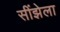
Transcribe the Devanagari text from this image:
सींझेला